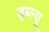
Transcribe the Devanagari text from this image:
ड्ब्ल्यू